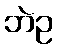
ဘဲဥ